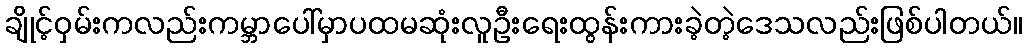
ချိုင့်ဝှမ်းကလည်းကမ္ဘာပေါ်မှာပထမဆုံးလူဦးရေးထွန်းကားခဲ့တဲ့ဒေသလည်းဖြစ်ပါတယ်။